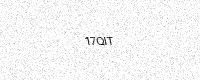
Text: 17QIT